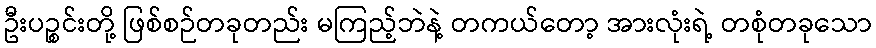
ဦးပဉ္စင်းတို့ ဖြစ်စဉ်တခုတည်း မကြည့်ဘဲနဲ့ တကယ်တော့ အားလုံးရဲ့ တစုံတခုသော